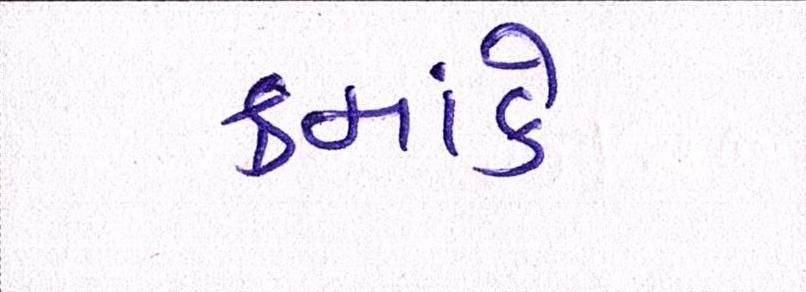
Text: ક્રમાંકે